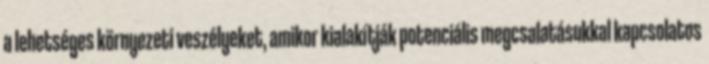
a lehetséges környezeti veszélyeket, amikor kialakítják potenciális megcsalatásukkal kapcsolatos